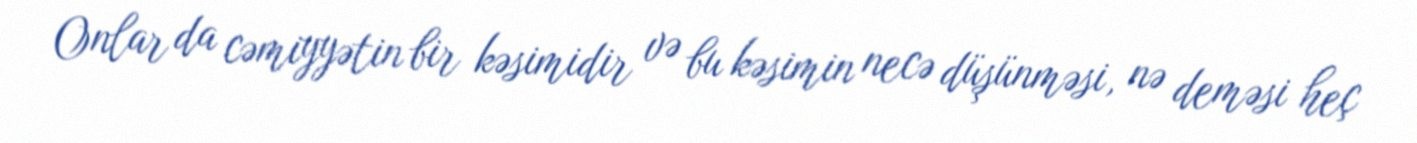
Onlar da cəmiyyətin bir kəsimidir və bu kəsimin necə düşünməsi, nə deməsi heç